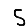
Digit: 5